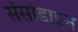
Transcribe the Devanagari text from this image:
सेंसोडाइन